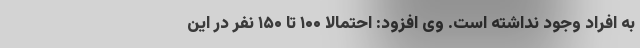
به افراد وجود نداشته است. وی افزود: احتمالا ۱۰۰ تا ۱۵۰ نفر در این